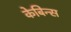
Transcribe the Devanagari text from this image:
केबिन्स